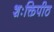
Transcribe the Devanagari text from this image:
शःक्तिपीठ